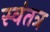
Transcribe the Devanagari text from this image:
स्‍वंतत्र